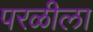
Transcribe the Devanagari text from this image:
परळीला